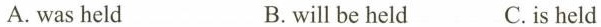
A.was held B.willbe held C.is held